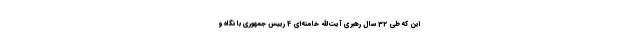
این که طی 32 سال رهبری آیت‌الله خامنه‌ای 4 رییس جمهوری با نگاه و